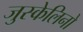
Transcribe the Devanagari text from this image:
जुस्केलिनो